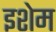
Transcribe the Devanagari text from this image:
इशेम